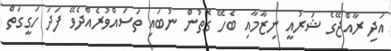
އަދި ރާއްޖޭގެ ޝަރުއީ ނިޒާމާއި ބެހޭ ގޮތުން ނުބައި ތަސައްވުރެއްދެވޭ ފަދަ ހަގީގަތް